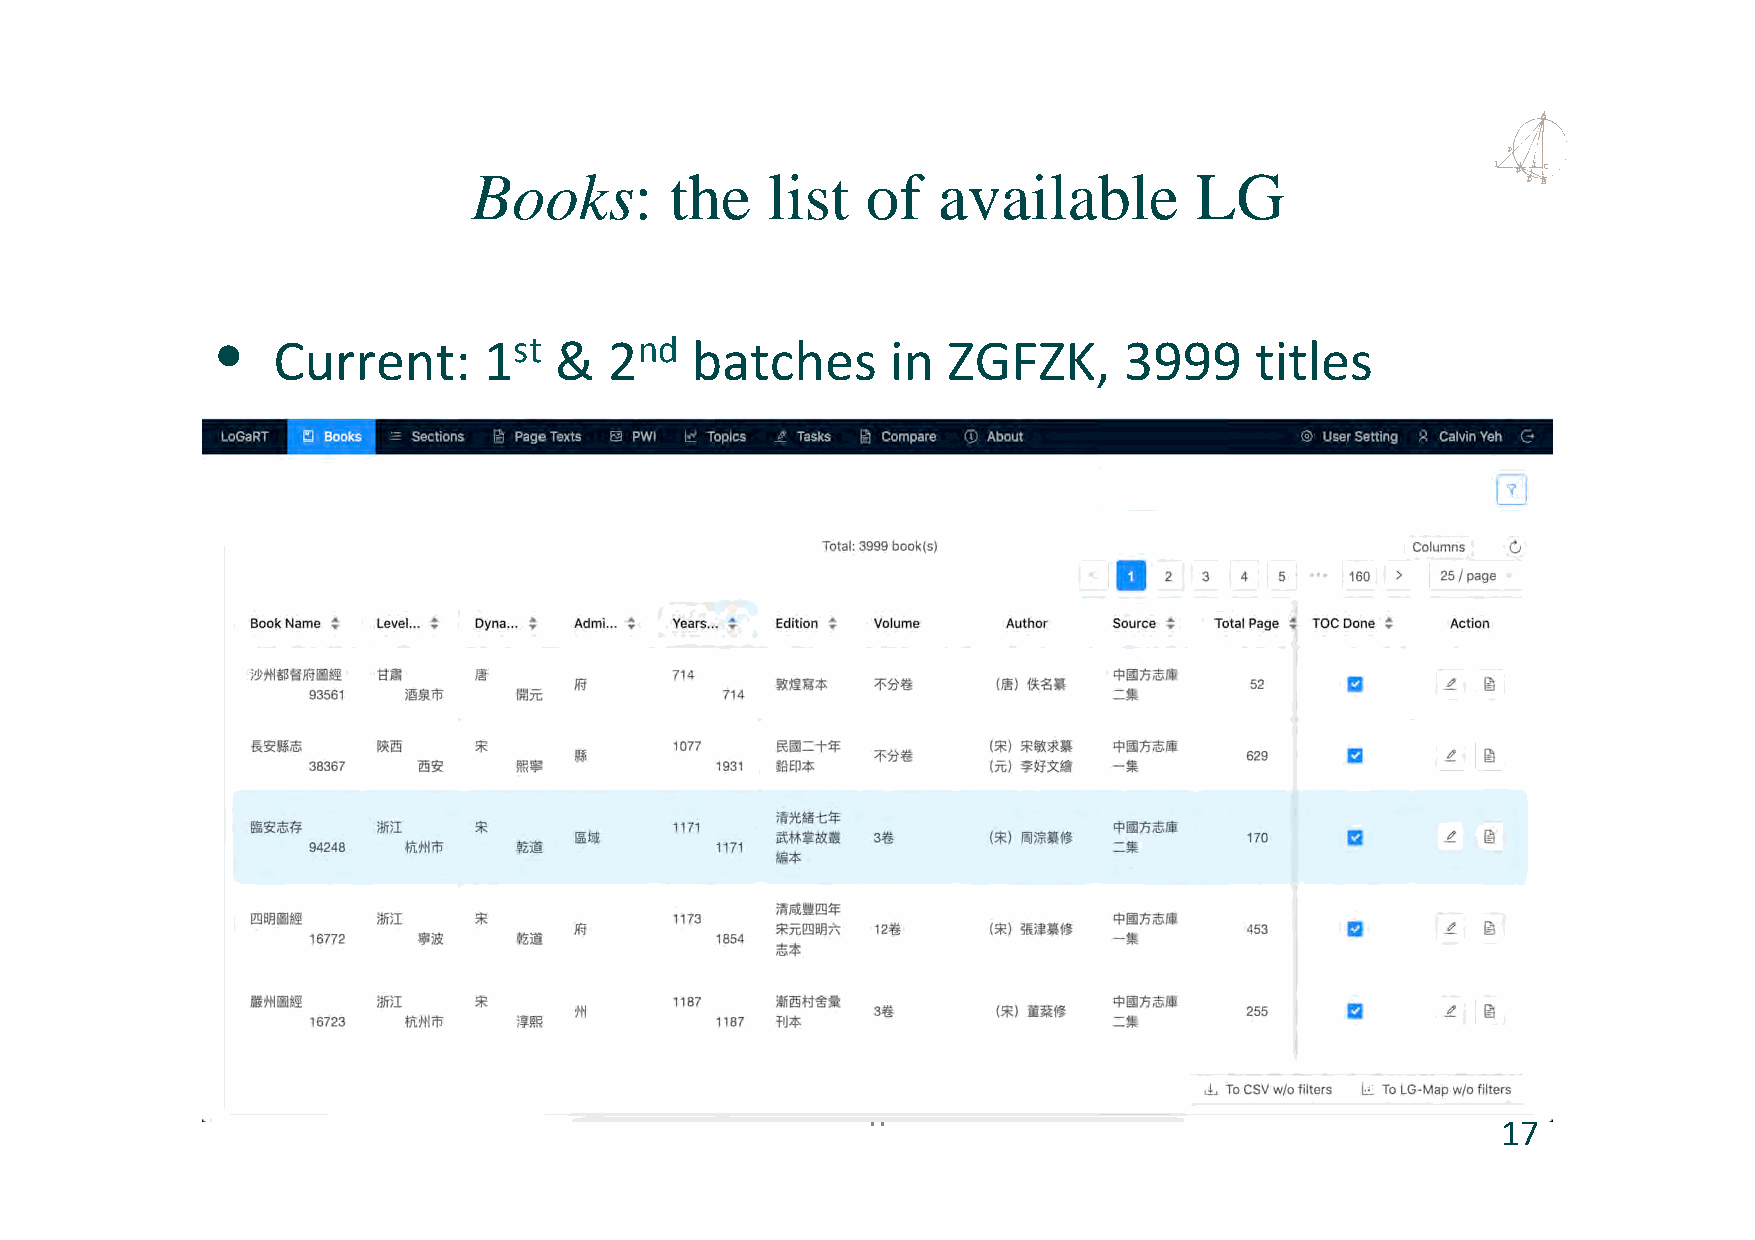
Books:       the    list  of   available        LG
 •
 Current:      1st  &  2nd   batches      in  ZGFZK,     3999     titles
 17
 17